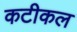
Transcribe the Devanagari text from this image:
कटीकल